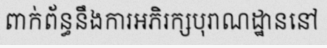
ពាក់ព័ន្ធនឹងការអភិរក្សបុរាណដ្ឋាននៅ